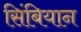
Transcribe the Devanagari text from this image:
सिंबियान